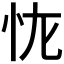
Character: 𭜏